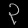
Digit: ၃